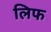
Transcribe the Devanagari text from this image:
लिफ